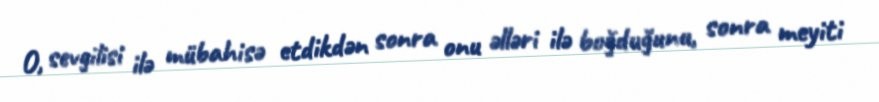
O, sevgilisi ilə mübahisə etdikdən sonra onu əlləri ilə boğduğunu, sonra meyiti